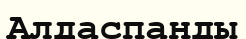
Алдаспанды